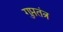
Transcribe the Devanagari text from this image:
गुप्ततंत्र